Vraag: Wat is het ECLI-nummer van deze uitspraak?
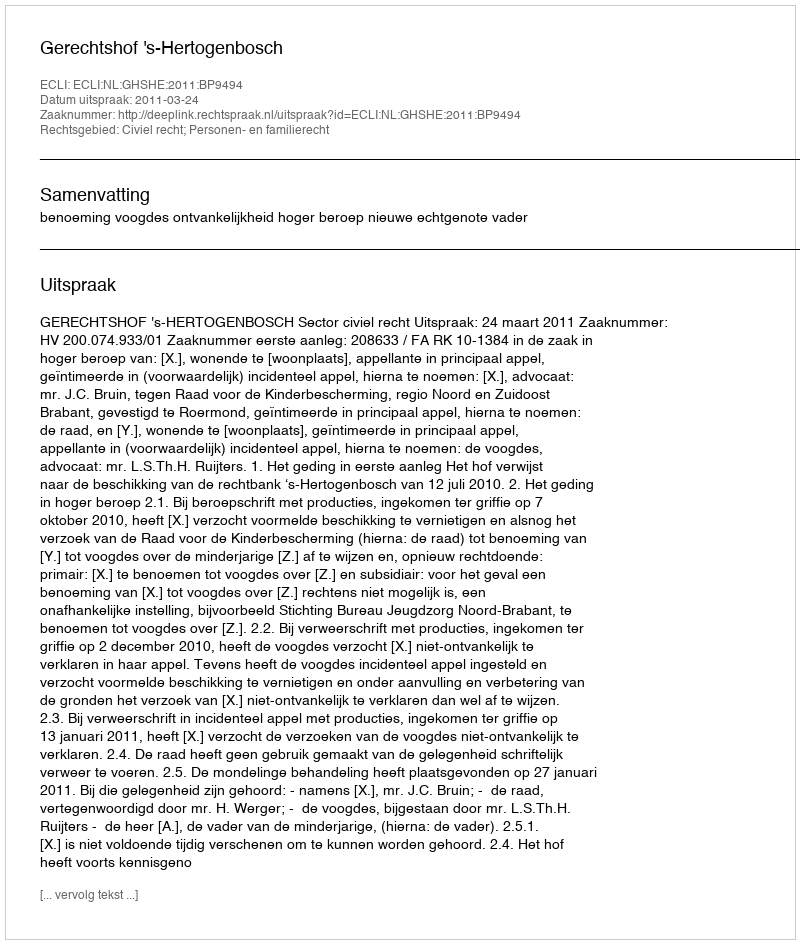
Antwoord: ECLI:NL:GHSHE:2011:BP9494